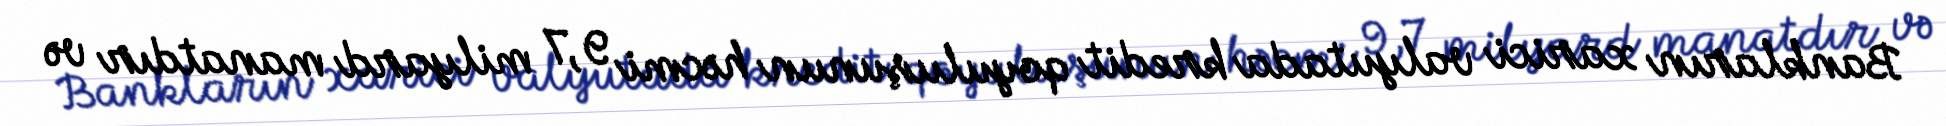
Bankların xarici valyutada kredit qoyuluşunun həcmi 9,7 milyard manatdır və